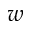
\boldsymbol { w }